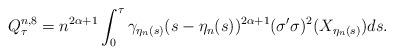
LaTeX: \begin{align*} Q^{n,8} _\tau = n^{2\alpha+1}\int^{\tau}_0 \gamma_{\eta_n(s)}(s-\eta_n(s))^{2\alpha+1} (\sigma' \sigma)^2 (X_{\eta_n(s)})ds. \end{align*}